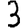
Digit: 3